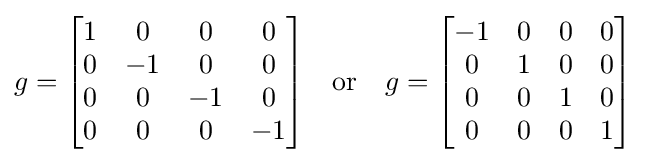
g={\begin{bmatrix}1&0&0&0\\0&-1&0&0\\0&0&-1&0\\0&0&0&-1\end{bmatrix}}\quad {\text{or}}\quad g={\begin{bmatrix}-1&0&0&0\\0&1&0&0\\0&0&1&0\\0&0&0&1\end{bmatrix}}